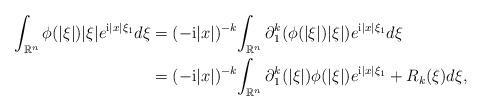
LaTeX: \begin{align*}\int_{\mathbb R^n} \phi(|\xi|) |\xi| e^{\mathrm i |x| \xi_1} d \xi&= (- \mathrm i|x|)^{-k} \!\int_{\mathbb R^n} \partial_1^k (\phi(|\xi|) |\xi|) e^{ \mathrm i |x| \xi_1} d \xi\\&= (-\mathrm i|x|)^{-k} \!\int_{\mathbb R^n} \partial_1^k(|\xi|) \phi(|\xi|) e^{\mathrm i |x| \xi_1}+ R_k(\xi) d \xi,\end{align*}